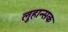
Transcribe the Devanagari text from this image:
लुहान्सक